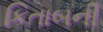
કિતાબની